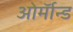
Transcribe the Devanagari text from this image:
ओर्मॉन्ड